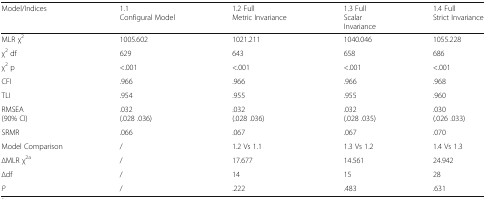
| Model/Indices | 1.1Configural Model | 1.2 FullMetric Invariance | 1.3 FullScalarInvariance | 1.4 FullStrict Invariance |
 | --- | --- | --- | --- | --- |
 | MLR χ2 | 1005.602 | 1021.211 | 1040.046 | 1055.228 |
 | χ2 df | 629 | 643 | 658 | 686 |
 | χ2 p | <.001 | <.001 | <.001 | <.001 |
 | CFI | .966 | .966 | .966 | .968 |
 | TLI | .954 | .955 | .955 | .960 |
 | RMSEA(90% CI) | .032(.028 .036) | .032(.028 .036) | .032(.028 .035) | .030(.026 .033) |
 | SRMR | .066 | .067 | .067 | .070 |
 | Model Comparison | / | 1.2 Vs 1.1 | 1.3 Vs 1.2 | 1.4 Vs 1.3 |
 | ∆MLR χ2a | / | 17.677 | 14.561 | 24.942 |
 | ∆df | / | 14 | 15 | 28 |
 | P | / | .222 | .483 | .631 |